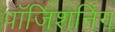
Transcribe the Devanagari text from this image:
पॉजिशनिंग